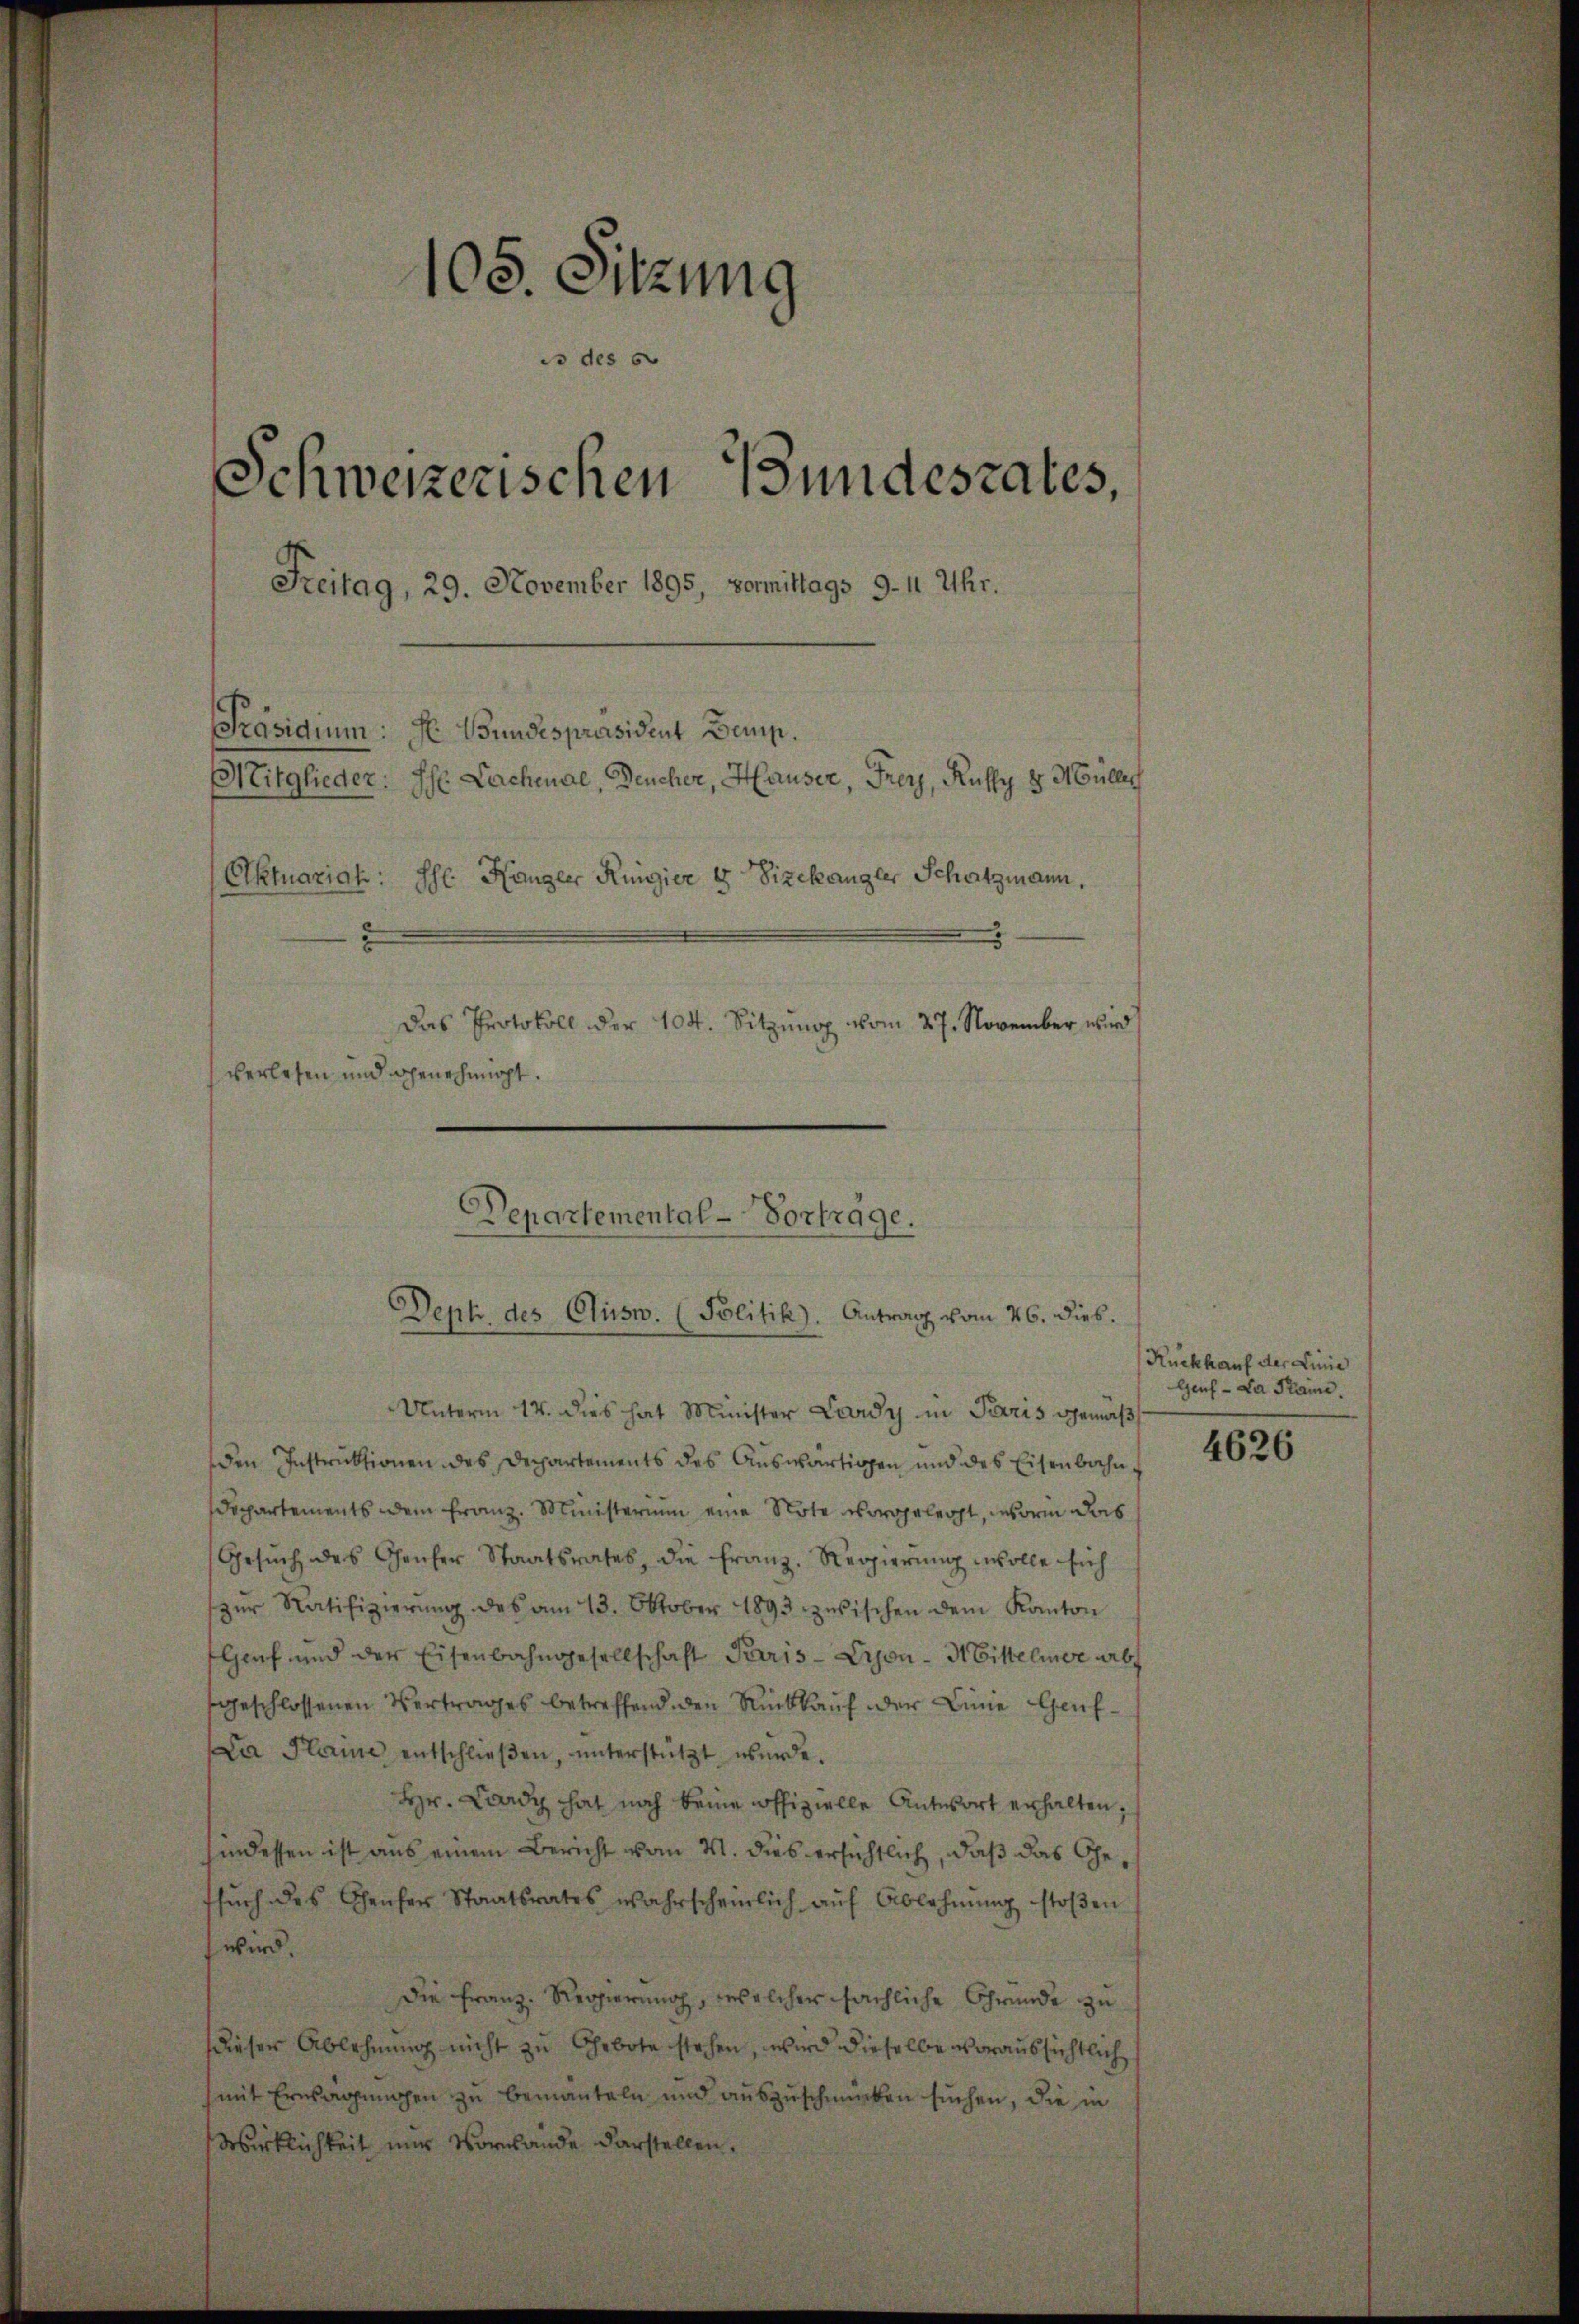
105. Sitzung
is des s
Schweizerischen Bundesrates,
Freitag, 29. November 1895, vormittags 9-11 Uhr.
Präsidium: Hr. Bundespräsident Demp.
Mitglieder
Ph Lachenal, Deucher, Hauser, Frey, Kully v. Müller
Aktuariat: Ihr Hangler Regier 8 Vizekangler Schatzmann,
Das Protokoll der 104. Sitzŭng vom 27. November wird
verlesen und genehmigt.

5
Departemental-Vortrage.
Dept. des Clusw. (Politik). Antrag vom 26. dies.

Unterm 14. dies hat Minister Lardy in Paris gemäß
den Instruktionen des Departements des Auswärtigen und des Eisenbahn¬
Departements dem Franz. Ministerium eine Note vorgelegt, worin das
Gesŭch des Chaiser Staatsrates, die Franz. Regierŭng wolle sich
zŭr Ratifizierŭng des am 13. Oktober 1893 zwischen dem Kanton
Genf und der Eisenbahngesellschaft Paris - Lyon-Hittelmer arb
sgeschlossenen Vertrages betreffend den Rückkauf der Linie Genf¬
La Plaine entschlieβen, ŭnterstützt wurde.
Hr. Lardy hat noch keine offizielle Antwort erhalten,
hindessen ist aus einem Bericht vom 4. dies ersichtlich, daß das Gesŭch des Genfer Staatsrates wahrscheinlich auf Ablehnŭng stoßen
wird.
Die Franz. Regierung, welcher sächliche Gründe zu
dieser Ablehnung nicht zu Gebote stehen, wird dieselbe voraussichtlich
(mit Ernsagungen zu bemanteln und auszuschmücken suchen, die in
Wirklichkeit nur Vorwande darstellen.

Rückkauf der Linie
Gens - La Plaine

4626